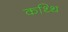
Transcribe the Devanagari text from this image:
कथ्थि